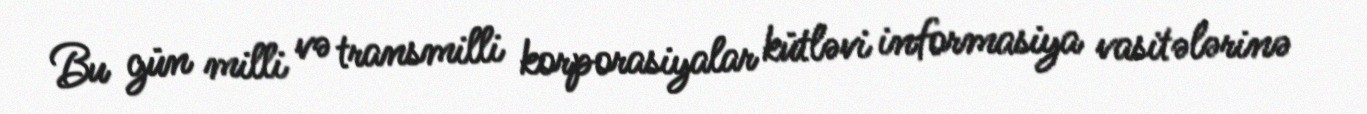
Bu gün milli və transmilli korporasiyalar kütləvi informasiya vasitələrinə